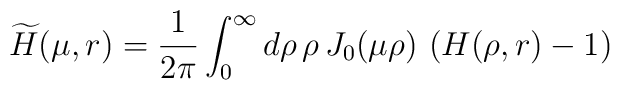
\widetilde{H}(\mu,r) =\frac{1}{2\pi}\int_0^{\infty} d\rho \,\rho\, J_0(\mu\rho) \, \left(H(\rho,r)-1\right)